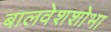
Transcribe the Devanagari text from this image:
बालवेशशोभा